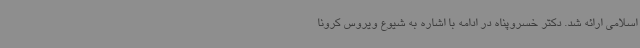
اسلامی ارائه شد. دکتر خسروپناه در ادامه با اشاره به شیوع ویروس کرونا